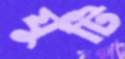
যুটি